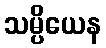
သမ္ပိယေန